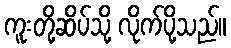
ကူးတို့ဆိပ်သို့ လိုက်ပို့သည်။